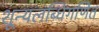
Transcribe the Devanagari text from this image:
शून्यलब्धिगणित